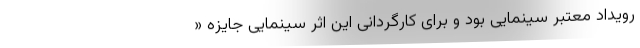
رویداد معتبر سینمایی بود و برای کارگردانی این اثر سینمایی جایزه «